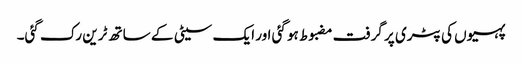
پہیوں کی پٹری پر گرفت مضبوط ہو گئی اور ایک سیٹی کے ساتھ ٹرین رک گئی۔